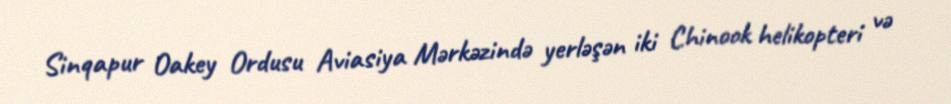
Sinqapur Oakey Ordusu Aviasiya Mərkəzində yerləşən iki Chinook helikopteri və